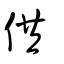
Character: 供